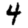
Digit: 4